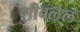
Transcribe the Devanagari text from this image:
सीवलेल